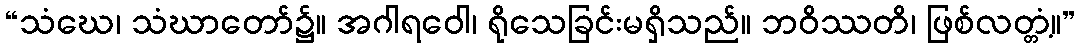
“သံဃေ၊ သံဃာတော်၌။ အဂါရဝေါ၊ ရိုသေခြင်းမရှိသည်။ ဘဝိဿတိ၊ ဖြစ်လတ္တံ့။”